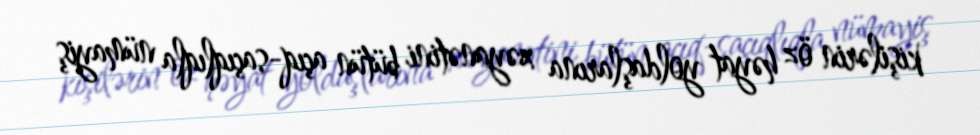
kişilərin öz həyat yoldaşlarına xəyanətini bütün açıq-saçıqlıqla nümayiş